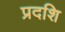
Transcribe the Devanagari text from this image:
प्रदशि